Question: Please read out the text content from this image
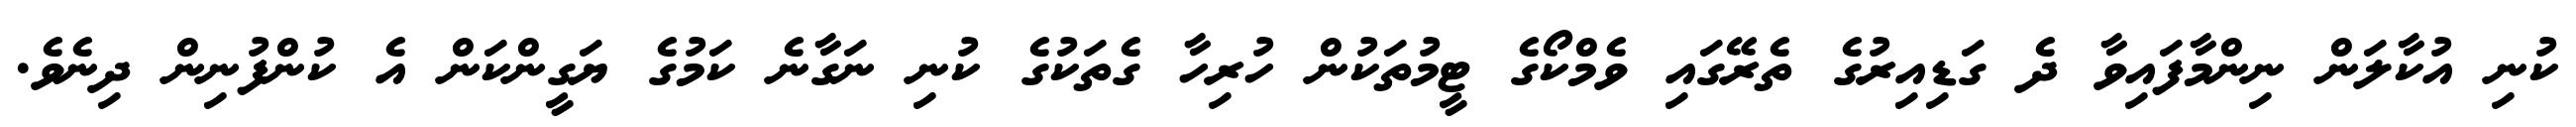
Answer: ކުނި އުކާލަން ނިންމާފައިވާ ދެ ގަޑިއިރުގެ ތެރޭގައި ވެމްކޯގެ ޓީމުތަކުން ހުރިހާ ގެތަކުގެ ކުނި ނަގާނެ ކަމުގެ ޔަގީންކަން އެ ކުންފުނިން ދިނެވެ.